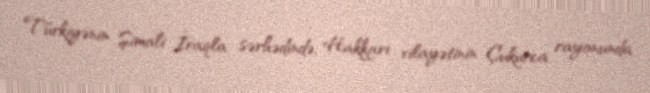
Türkiyənin Şimali İraqla sərhədində, Hakkari vilayətinin Çukurca rayonunda